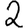
Digit: 2